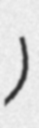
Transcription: Литовка)